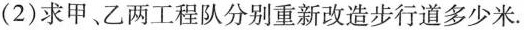
(2)求甲、乙两工程队分别重新改造步行道多少米.